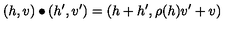
( h , v ) \bullet ( h ^ { \prime } , v ^ { \prime } ) = ( h + h ^ { \prime } , \rho ( h ) v ^ { \prime } + v )